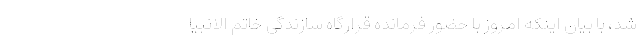
شد، با بیان اینکه امروز با حضور فرمانده قرارگاه سازندگی خاتم الانبیا